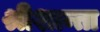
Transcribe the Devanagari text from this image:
श्रीशान्ता